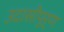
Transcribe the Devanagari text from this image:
उदासीपूर्ण